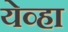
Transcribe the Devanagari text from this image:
येव्हा